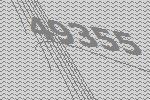
49355